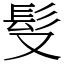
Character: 䯭